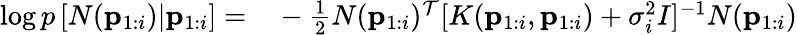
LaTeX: \begin{array}{rl}{\log p\left[N(\mathbf{p}_{1:i})|\mathbf{p}_{1:i}\right]=}&{{}-\frac{1}{2}N(\mathbf{p}_{1:i})^{\mathcal{T}}[K(\mathbf{p}_{1:i},\mathbf{p}_{1:i})+\sigma_{i}^{2}I]^{-1}N(\mathbf{p}_{1:i})}\end{array}